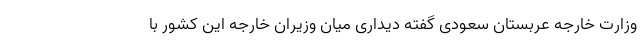
وزارت خارجه عربستان سعودی گفته دیداری میان وزیران خارجه این کشور با